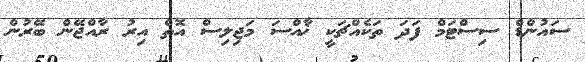
ސައުންޑް ސިސްޓަމް ފަދަ ތަކެއްޗަކީ ޚާއްސަ މަޖިލިސް އޮތް އިރު ރާއްޖޭން ބޭރުން